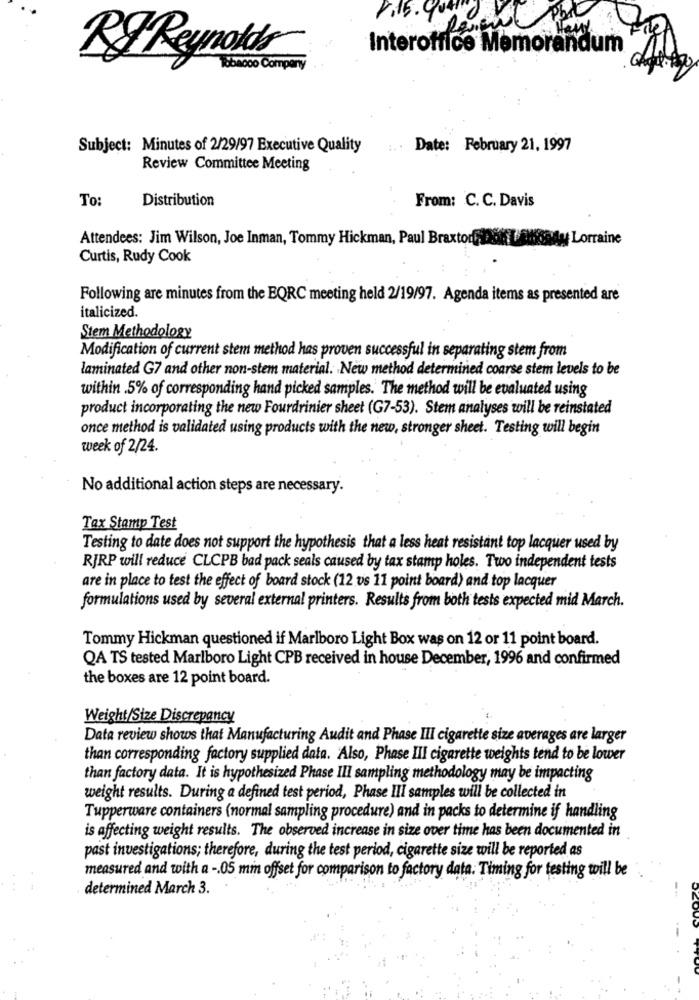
Interoffice Memorandum
RJ Reynolds
Tobacco Company
Subject: Minutes of 2/29/97 Executive Quality
:.. Date: February 21, 1997
Review Committee Meeting
To:
Distribution
From: C. C. Davis
Attendees: Jim Wilson, Joe Inman, Tommy Hickman, Paul Braxton, DON LAwoody Lorraine
Curtis, Rudy Cook
Following are minutes from the BQRC meeting held 2/19/97. Agenda items as presented are
italicized.
Stem Methodology
Modification of current stem method has proven successful in separating stem from
laminated G7 and other non-stem material. New method determined coarse stem levels to be
within .5% of corresponding hand picked samples. The method will be evaluated using
product incorporating the new Fourdrinier sheet (G7-53). Stem analyses will be reinstated
once method is validated using products with the new, stronger sheet. Testing will begin
week of 2/24.
No additional action steps are necessary.
Tax Stamp Test
Testing to date does not support the hypothesis that a less heat resistant top lacquer used by
RJRP will reduce CLCPB bad pack seals caused by tax stamp holes. Two independent tests
are in place to test the effect of board stock (12 vs 11 point board) and top lacquer
formulations used by several external printers. Results from both tests expected mid March.
Tommy Hickman questioned if Marlboro Light Box was on 12 or 11 point board.
QA TS tested Marlboro Light CPB received in house December, 1996 and confirmed
the boxes are 12 point board.
Weight/Size Discrepancy
Data review shows that Manufacturing Audit and Phase III cigarette size averages are larger
than corresponding factory supplied data. Also, Phase III cigarette weights tend to be lower
than factory data. It is hypothesized Phase III sampling methodology may be impacting
weight results. During a defined test period, Phase III samples will be collected in
Tupperware containers (normal sampling procedure) and in packs to determine if handling
is affecting weight results. The observed increase in size over time has been documented in
past investigations; therefore, during the test period, cigarette size will be reported as
measured and with a -. 05 min offset for comparison to factory data. Timing for testing will be
determined March 3.